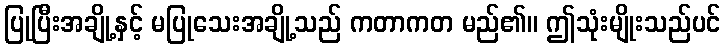
ပြုပြီးအချို့နှင့် မပြုသေးအချို့သည် ကတာကတ မည်၏။ ဤသုံးမျိုးသည်ပင်